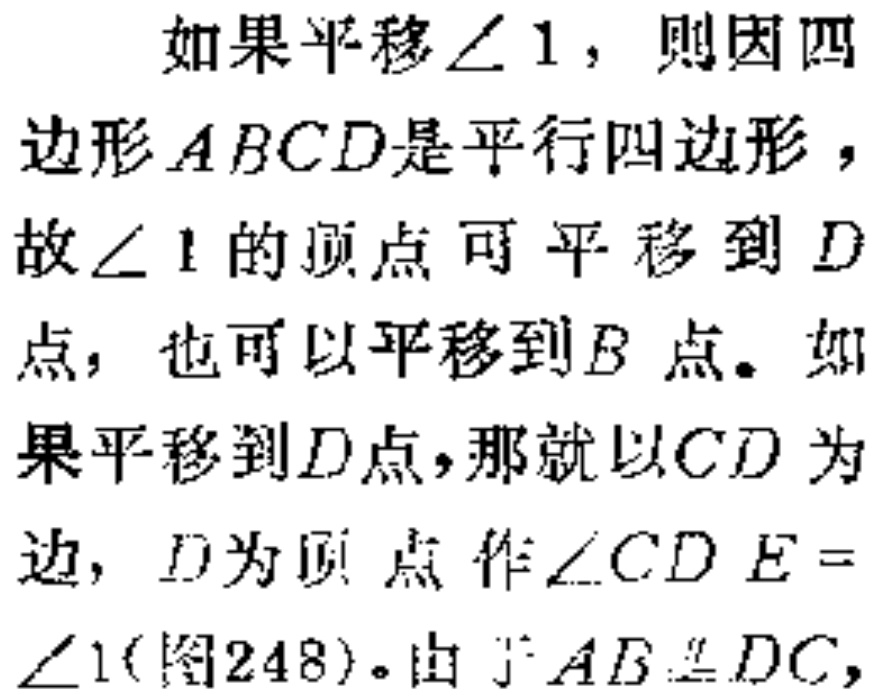
如果平移$\angle 1$，则因四边形$ABCD$是平行四边形，故$\angle 1$的顶点可平移到$D$点，也可以平移到$B$点。如果平移到$D$点，那就以$CD$为边，$D$为顶点作$\angle CDE = \angle 1$(图248)。由于$AB\equalparallel DC$，